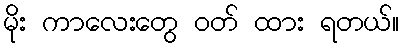
မိုး ကာလေးတွေ ဝတ် ထား ရတယ်။